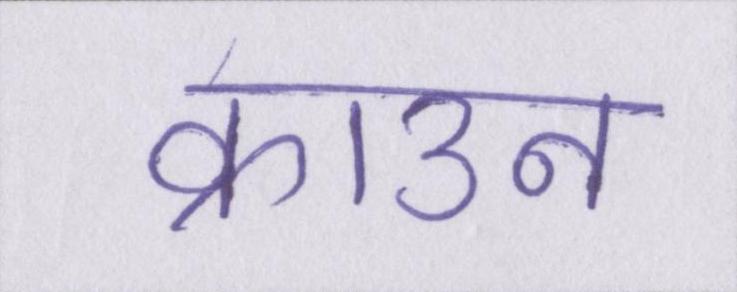
क्राउन